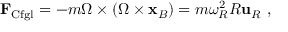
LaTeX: \mathbf { F } _ { \mathrm { C f g l } } = - m { \boldsymbol { \Omega } } \times ( { \boldsymbol { \Omega } } \times \mathbf { x } _ { B } ) = m \omega _ { R } ^ { 2 } R \mathbf { u } _ { R } \ ,